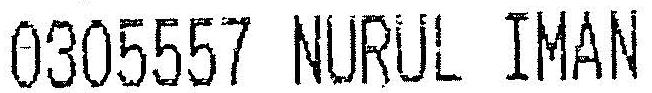
0305557 NURUL IMAN